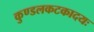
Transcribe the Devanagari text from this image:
कुण्डलकटकादयः